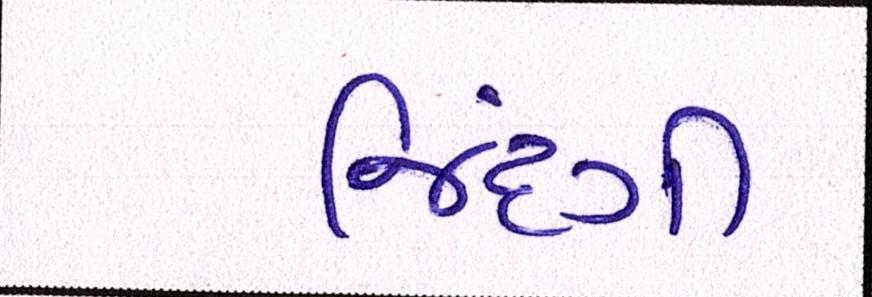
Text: જિંદગી